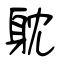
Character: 躭